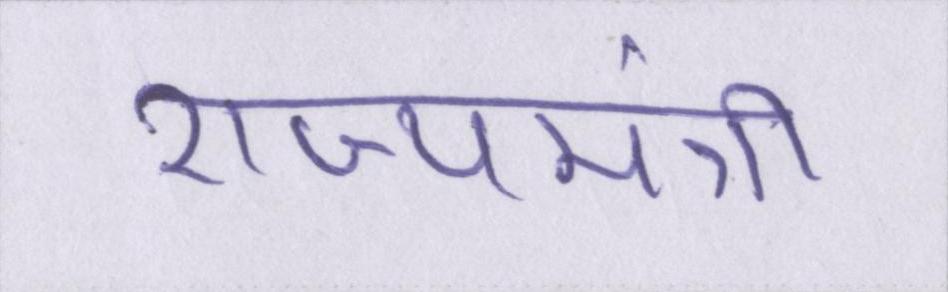
राज्यमंत्री